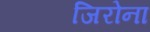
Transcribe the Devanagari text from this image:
जिरोना